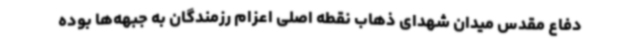
دفاع مقدس میدان شهدای ذهاب نقطه اصلی اعزام رزمندگان به جبهه‌ها بوده